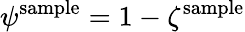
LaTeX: \psi^{\mathrm{sample}}=1-\zeta^{\mathrm{sample}}